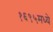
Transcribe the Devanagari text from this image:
१६९५मध्ये